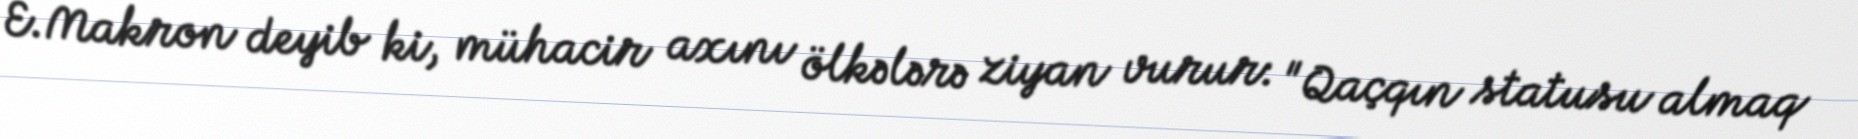
E.Makron deyib ki, mühacir axını ölkələrə ziyan vurur: "Qaçqın statusu almaq